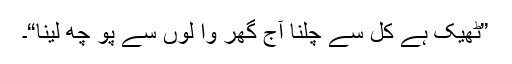
”ٹھیک ہے کل سے چلنا آج گھر وا لوں سے پو چھ لینا“۔